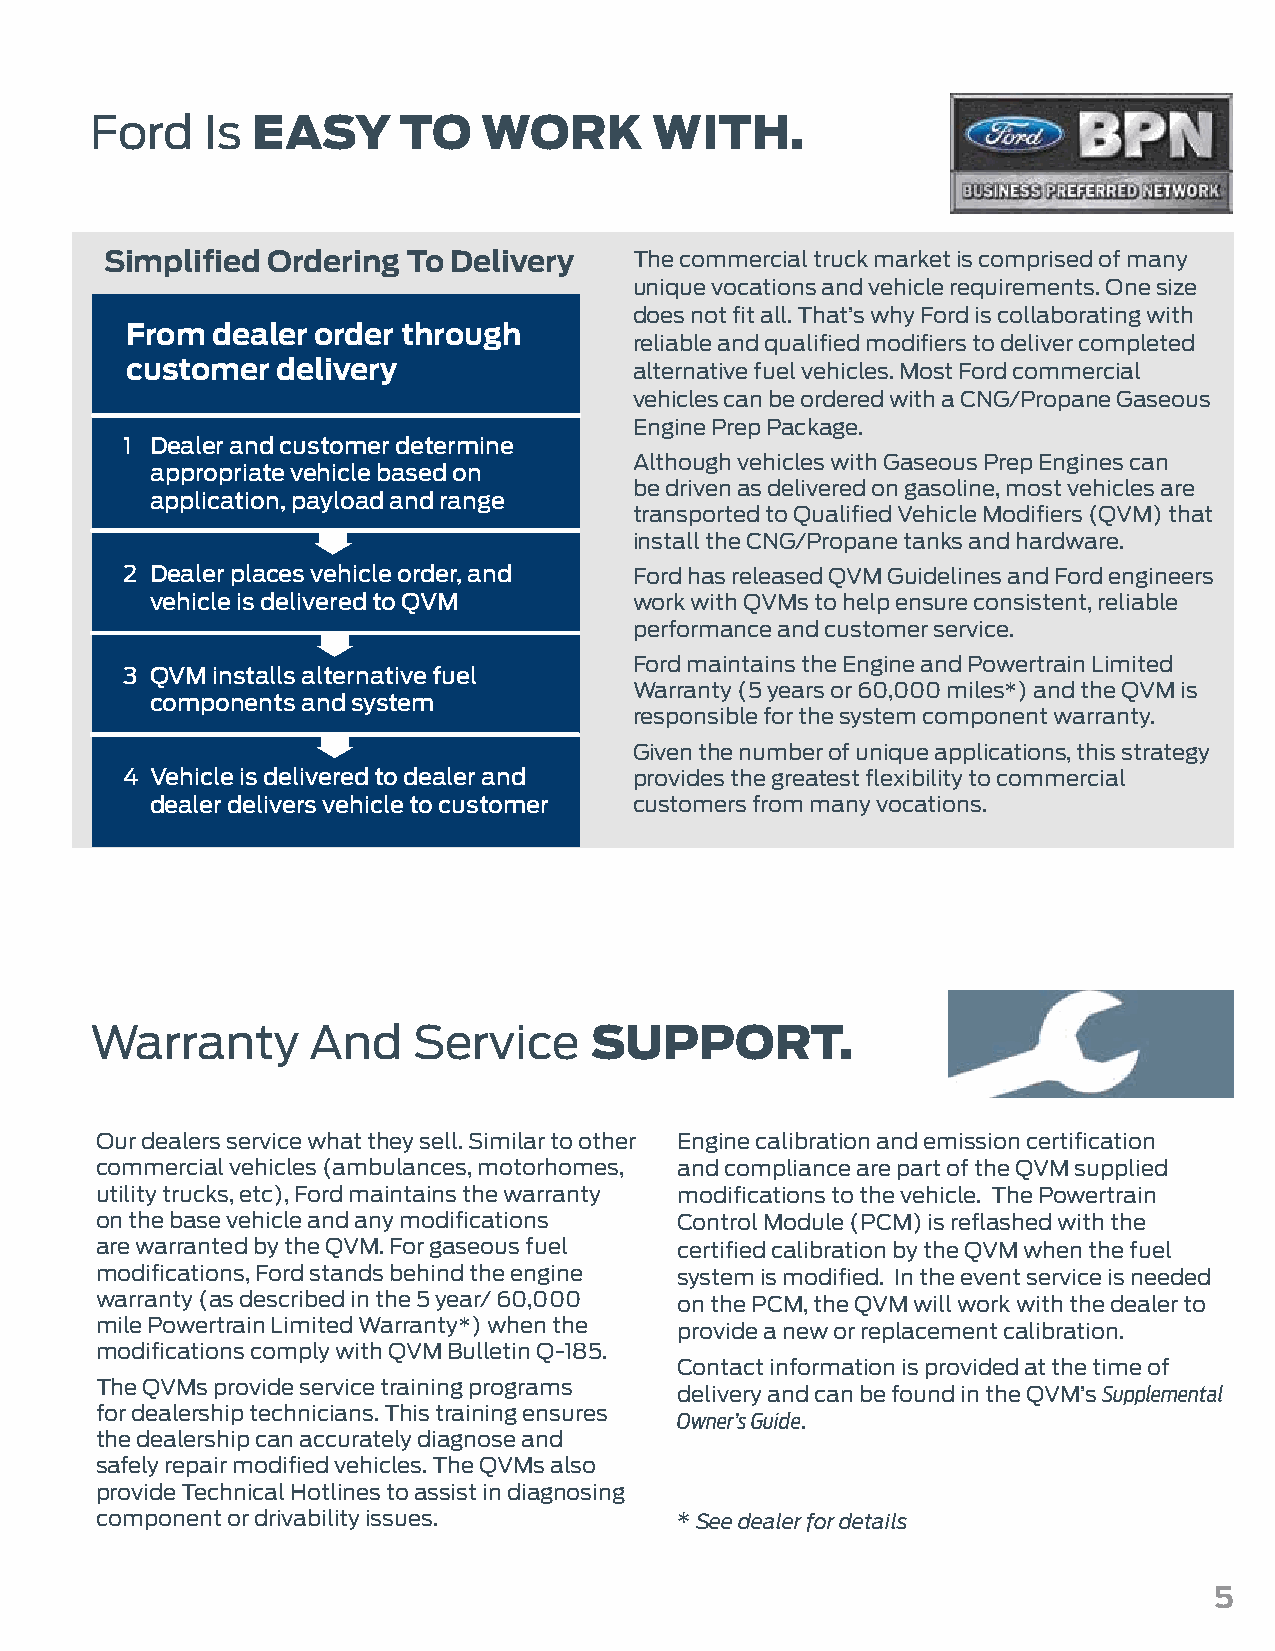
Ford    Is EASY      TO   WORK       WITH.
 Simplified Ordering To Delivery    The commercial truck market is comprised of many
 unique vocations and vehicle requirements. One size
 does not fit all. That’s why Ford is collaborating with
 From  dealer order through
 reliable and qualified modifiers to deliver completed
 customer  delivery                alternative fuel vehicles. Most Ford commercial
 vehicles can be ordered with a CNG/Propane Gaseous
 Engine Prep Package.
 1 Dealer and customer determine
 Although vehicles with Gaseous Prep Engines can
 appropriate vehicle based on
 be driven as delivered on gasoline, most vehicles are
 application, payload and range
 transported to Qualified Vehicle Modifiers (QVM) that
 install the CNG/Propane tanks and hardware.
 2 Dealer places vehicle order, and Ford has released QVM Guidelines and Ford engineers
 vehicle is delivered to QVM     work with QVMs to help ensure consistent, reliable
 performance and customer service.
 Ford maintains the Engine and Powertrain Limited
 3 QVM installs alternative fuel
 Warranty (5 years or 60,000 miles*) and the QVM is
 components and system
 responsible for the system component warranty.
 Given the number of unique applications, this strategy
 4 Vehicle is delivered to dealer and provides the greatest flexibility to commercial
 dealer delivers vehicle to customer customers from many vocations.
 Warranty       And   Service     SUPPORT.
 Our dealers service what they sell. Similar to other Engine calibration and emission certification
 commercial vehicles (ambulances, motorhomes, and compliance are part of the QVM supplied
 utility trucks, etc), Ford maintains the warranty modifications to the vehicle. The Powertrain
 on the base vehicle and any modifications Control Module (PCM) is reflashed with the
 are warranted by the QVM. For gaseous fuel certified calibration by the QVM when the fuel
 modifications, Ford stands behind the engine system is modified. In the event service is needed
 warranty (as described in the 5 year/ 60,000 on the PCM, the QVM will work with the dealer to
 mile Powertrain Limited Warranty*) when the provide a new or replacement calibration.
 modifications comply with QVM Bulletin Q-185.
 Contact information is provided at the time of
 The QVMs provide service training programs
 delivery and can be found in the QVM’s Supplemental
 for dealership technicians. This training ensures
 Owner’s Guide.
 the dealership can accurately diagnose and
 safely repair modified vehicles. The QVMs also
 provide Technical Hotlines to assist in diagnosing
 component or drivability issues.       * See dealer for details
 5